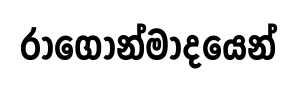
රාගෝන්මාදයෙන්